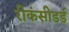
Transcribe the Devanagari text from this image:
रीकंसीडर्ड